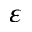
\varepsilon